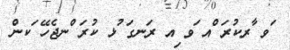
ަވ ާރކުރަ ްއ ަވ ިއ ރަނގަ ުޅ ކުރަ ްނޖެހޭ ަކން